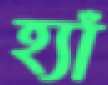
হ্যাঁ